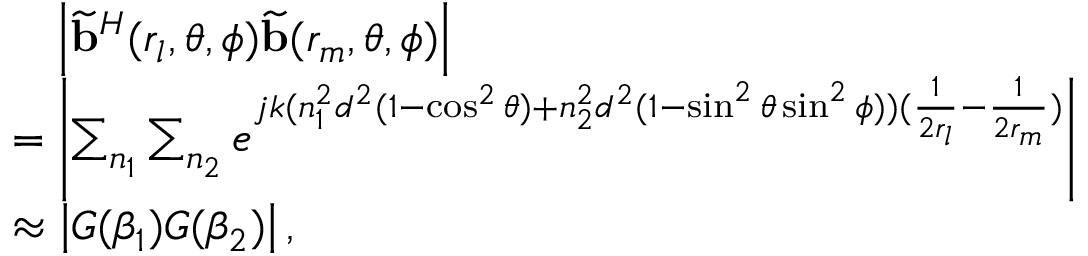
\begin{array} { r l } & { ~ ~ ~ \left| { \widetilde { \bf { b } } } ^ { H } ( r _ { l } , \theta , \phi ) { \widetilde { \bf { b } } } ( r _ { m } , \theta , \phi ) \right| } \\ & { = \left| \sum _ { n _ { 1 } } \sum _ { n _ { 2 } } e ^ { j k ( n _ { 1 } ^ { 2 } d ^ { 2 } ( 1 - \cos ^ { 2 } \theta ) + n _ { 2 } ^ { 2 } d ^ { 2 } ( 1 - \sin ^ { 2 } \theta \sin ^ { 2 } \phi ) ) ( \frac { 1 } { 2 r _ { l } } - \frac { 1 } { 2 r _ { m } } ) } \right| } \\ & { \approx \left| G ( \beta _ { 1 } ) G ( \beta _ { 2 } ) \right| , } \end{array}